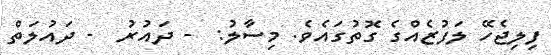
ފިލިޖެހޭ ލަފުޒެއްގެ ގޮތުގައެވެ. މިސާލު:  - ދައުރު  - ދައުލަތް